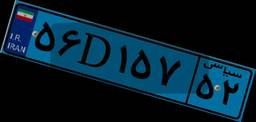
۴۰D۶۵۹۵۳